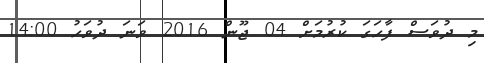
މި ދުވަސް ފާހަގަ ކުރުމަށް 04 ޖޫން 2016 ވަނަ ދުވަހު 14:00